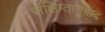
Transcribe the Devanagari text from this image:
संक्षिप्तानुवाद